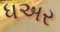
ધઅર